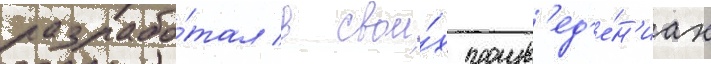
разрабо́тал в свои́х произв'ед'е́н'иах